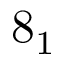
8 _ { 1 }